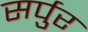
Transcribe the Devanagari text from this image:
सर्पुर